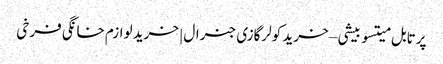
پرتابل میتسوبیشی – خرید کولرگازی جنرال | خرید لوازم خانگی فرخی